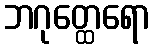
ဘဂုတ္ထေရော